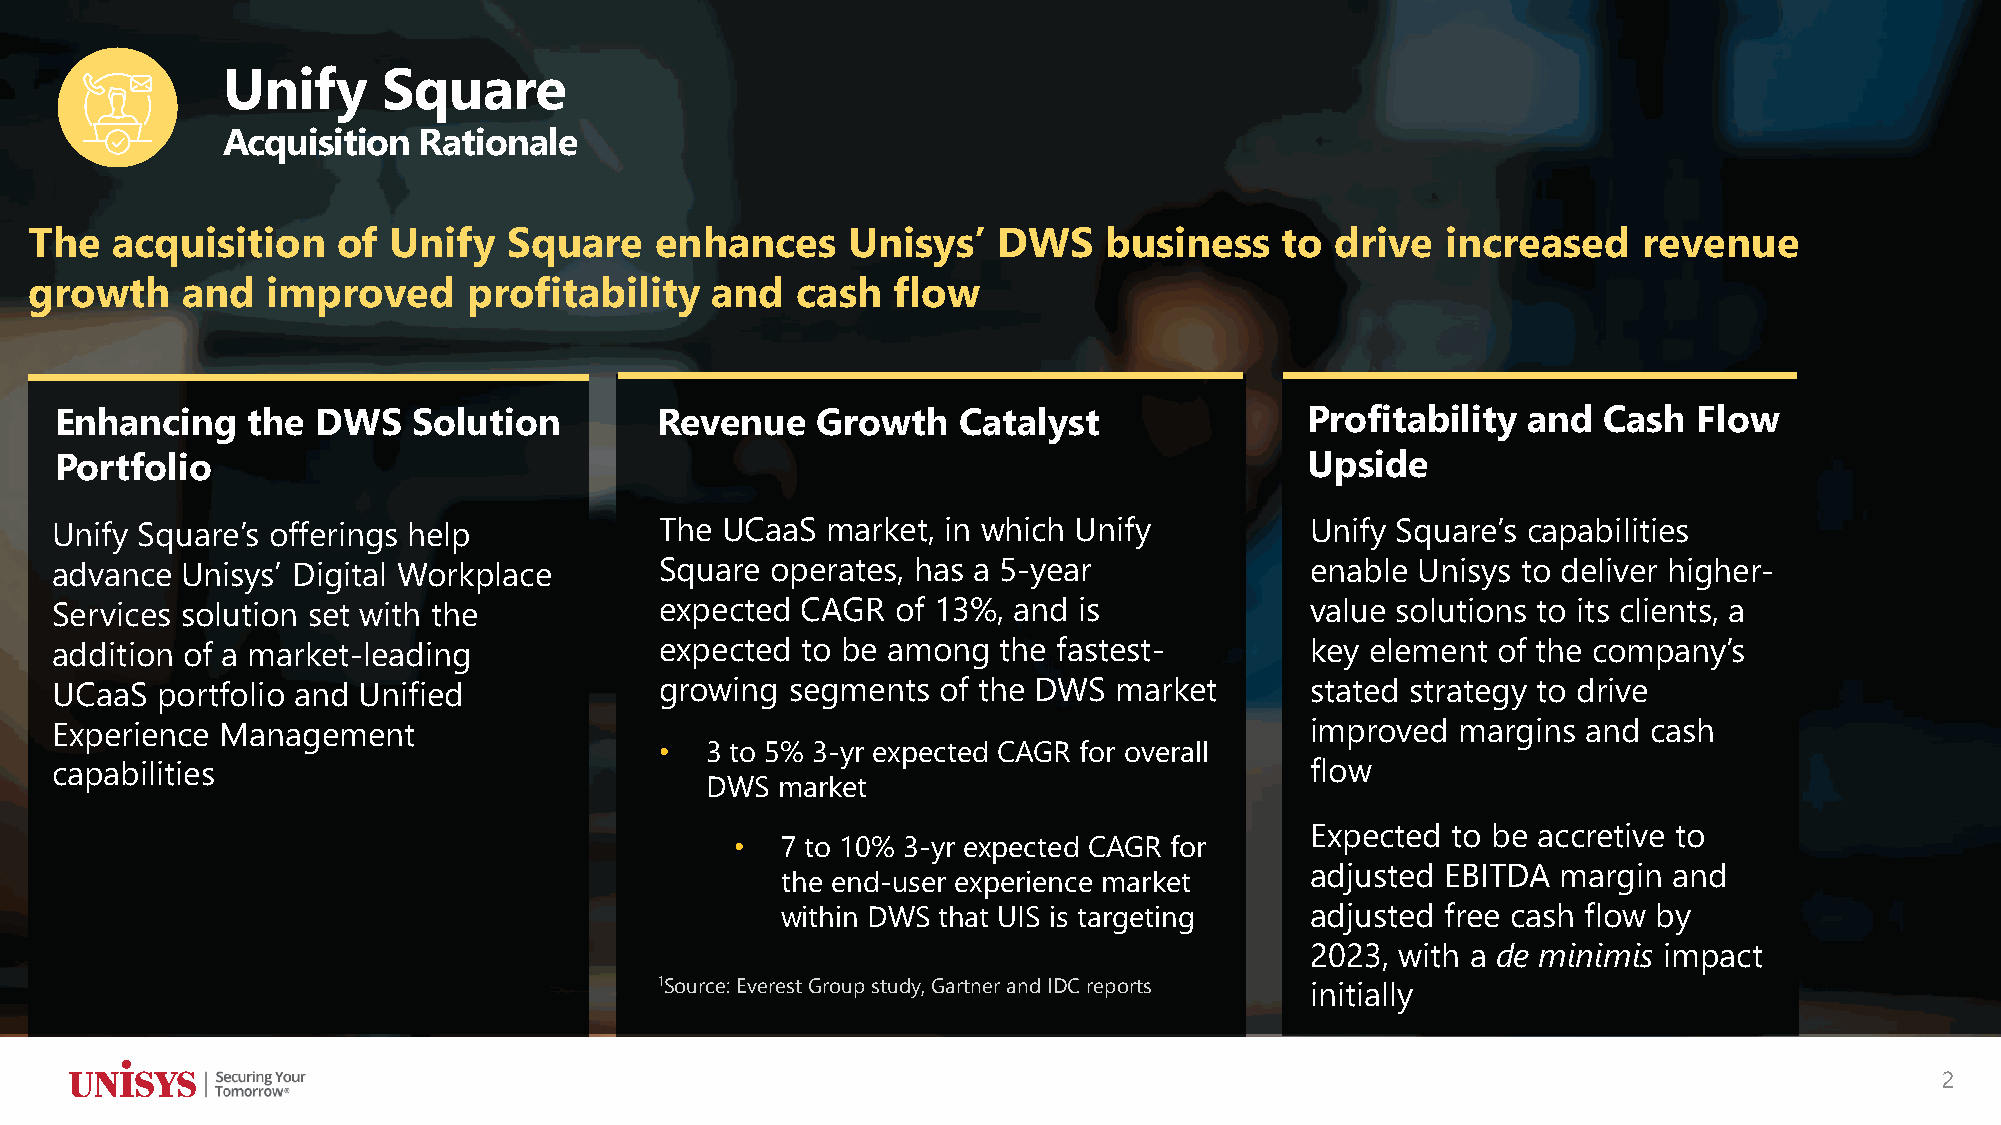
Unify     Square
 Acquisition  Rationale
 The  acquisition    of  Unify   Square   enhances     Unisys’   DWS    business    to drive   increased    revenue
 growth    and   improved     profitability   and   cash  flow
 Enhancing   the  DWS   Solution        Revenue    Growth   Catalyst                Profitability and  Cash  Flow
 Portfolio                                                                          Upside
 Unify Square’s offerings help            The UCaaS  market, in which Unify          Unify Square’s capabilities
 advance  Unisys’ Digital Workplace       Square operates, has a 5-year              enable Unisys to deliver higher-
 Services solution set with the           expected CAGR  of 13%, and is              value solutions to its clients, a
 addition of a market-leading             expected to be among  the fastest-         key element of the company’s
 UCaaS  portfolio and Unified             growing segments  of the DWS  market       stated strategy to drive
 Experience  Management                                                              improved  margins and cash
 •  3 to 5% 3-yr expected CAGR for overall
 capabilities                                                                        flow
 DWS market
 Expected to be accretive to
 •  7 to 10% 3-yr expected CAGR for
 adjusted EBITDA margin  and
 the end-user experience market
 within DWS that UIS is targeting   adjusted free cash flow by
 2023, with a de minimis impact
 1Source: Everest Group study, Gartner and IDC reports initially
 2